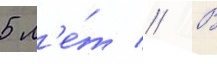
5 л'е́т // В